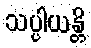
သပ္ပါယန္တိ